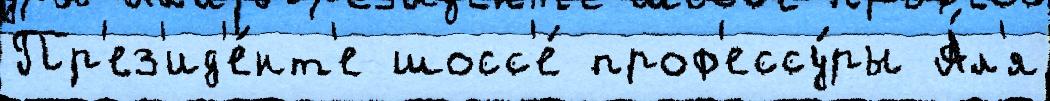
Пр'ез'ид'е́нт'е шосс'е́ проф'ессу́ры А́л'я